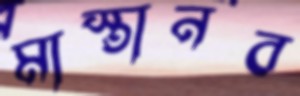
মাস্তানব